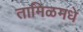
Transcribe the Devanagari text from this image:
तामिळमधे